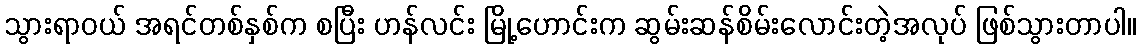
သွားရာဝယ် အရင်တစ်နှစ်က စပြီး ဟန်လင်း မြို့ဟောင်းက ဆွမ်းဆန်စိမ်းလောင်းတဲ့အလုပ် ဖြစ်သွားတာပါ။